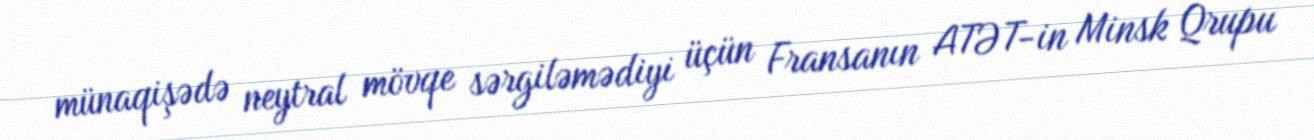
münaqişədə neytral mövqe sərgiləmədiyi üçün Fransanın ATƏT-in Minsk Qrupu